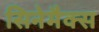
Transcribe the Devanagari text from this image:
सिनेमैक्स